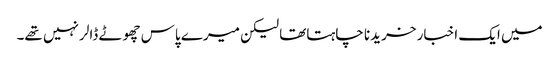
میں ایک اخبار خریدنا چاہتاتھا لیکن میرے پاس چھوٹے ڈالر نہیں تھے۔